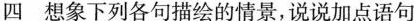
四 想象下列各句描会的情景,说说加点语句